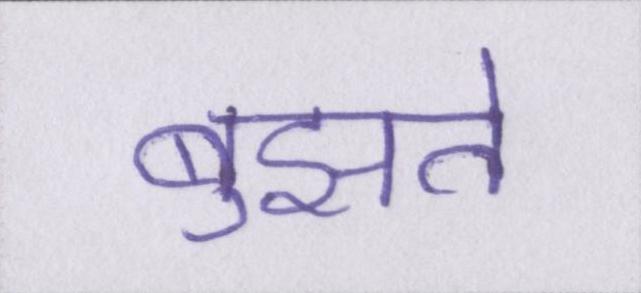
बुझते